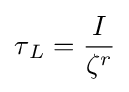
{\tau {_{L}}}={\frac {I}{\zeta ^{r}}}